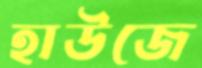
হাউজে